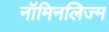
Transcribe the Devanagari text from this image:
नॉमिनलिज्म